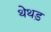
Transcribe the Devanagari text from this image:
थेथड़